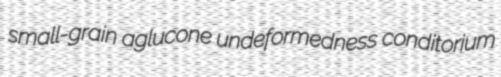
small-grain aglucone undeformedness conditorium